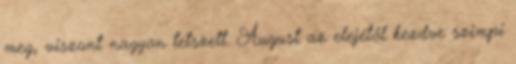
meg, viszont nagyon tetszett. August az elejétől kezdve szimpi